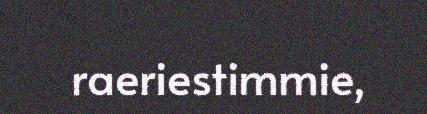
raeriestimmie,